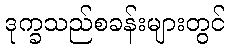
ဒုက္ခသည်စခန်းများတွင်